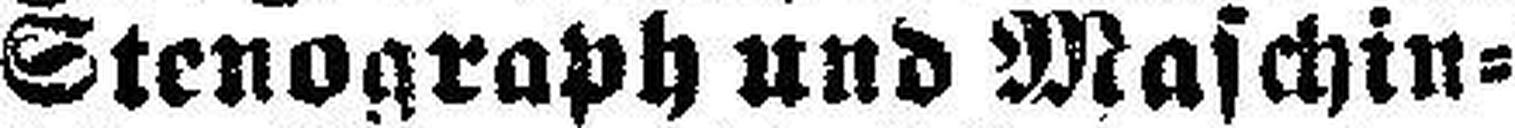
Stenograph und Maschin¬